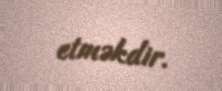
etməkdir.